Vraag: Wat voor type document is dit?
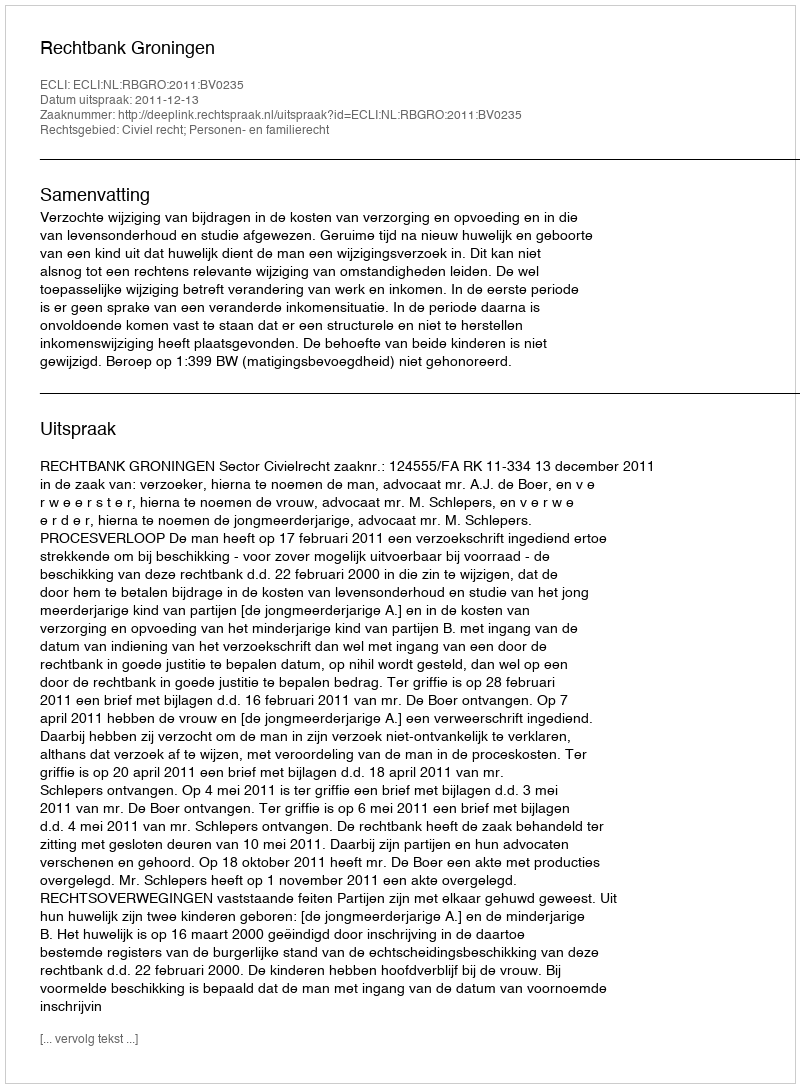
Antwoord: Uitspraak